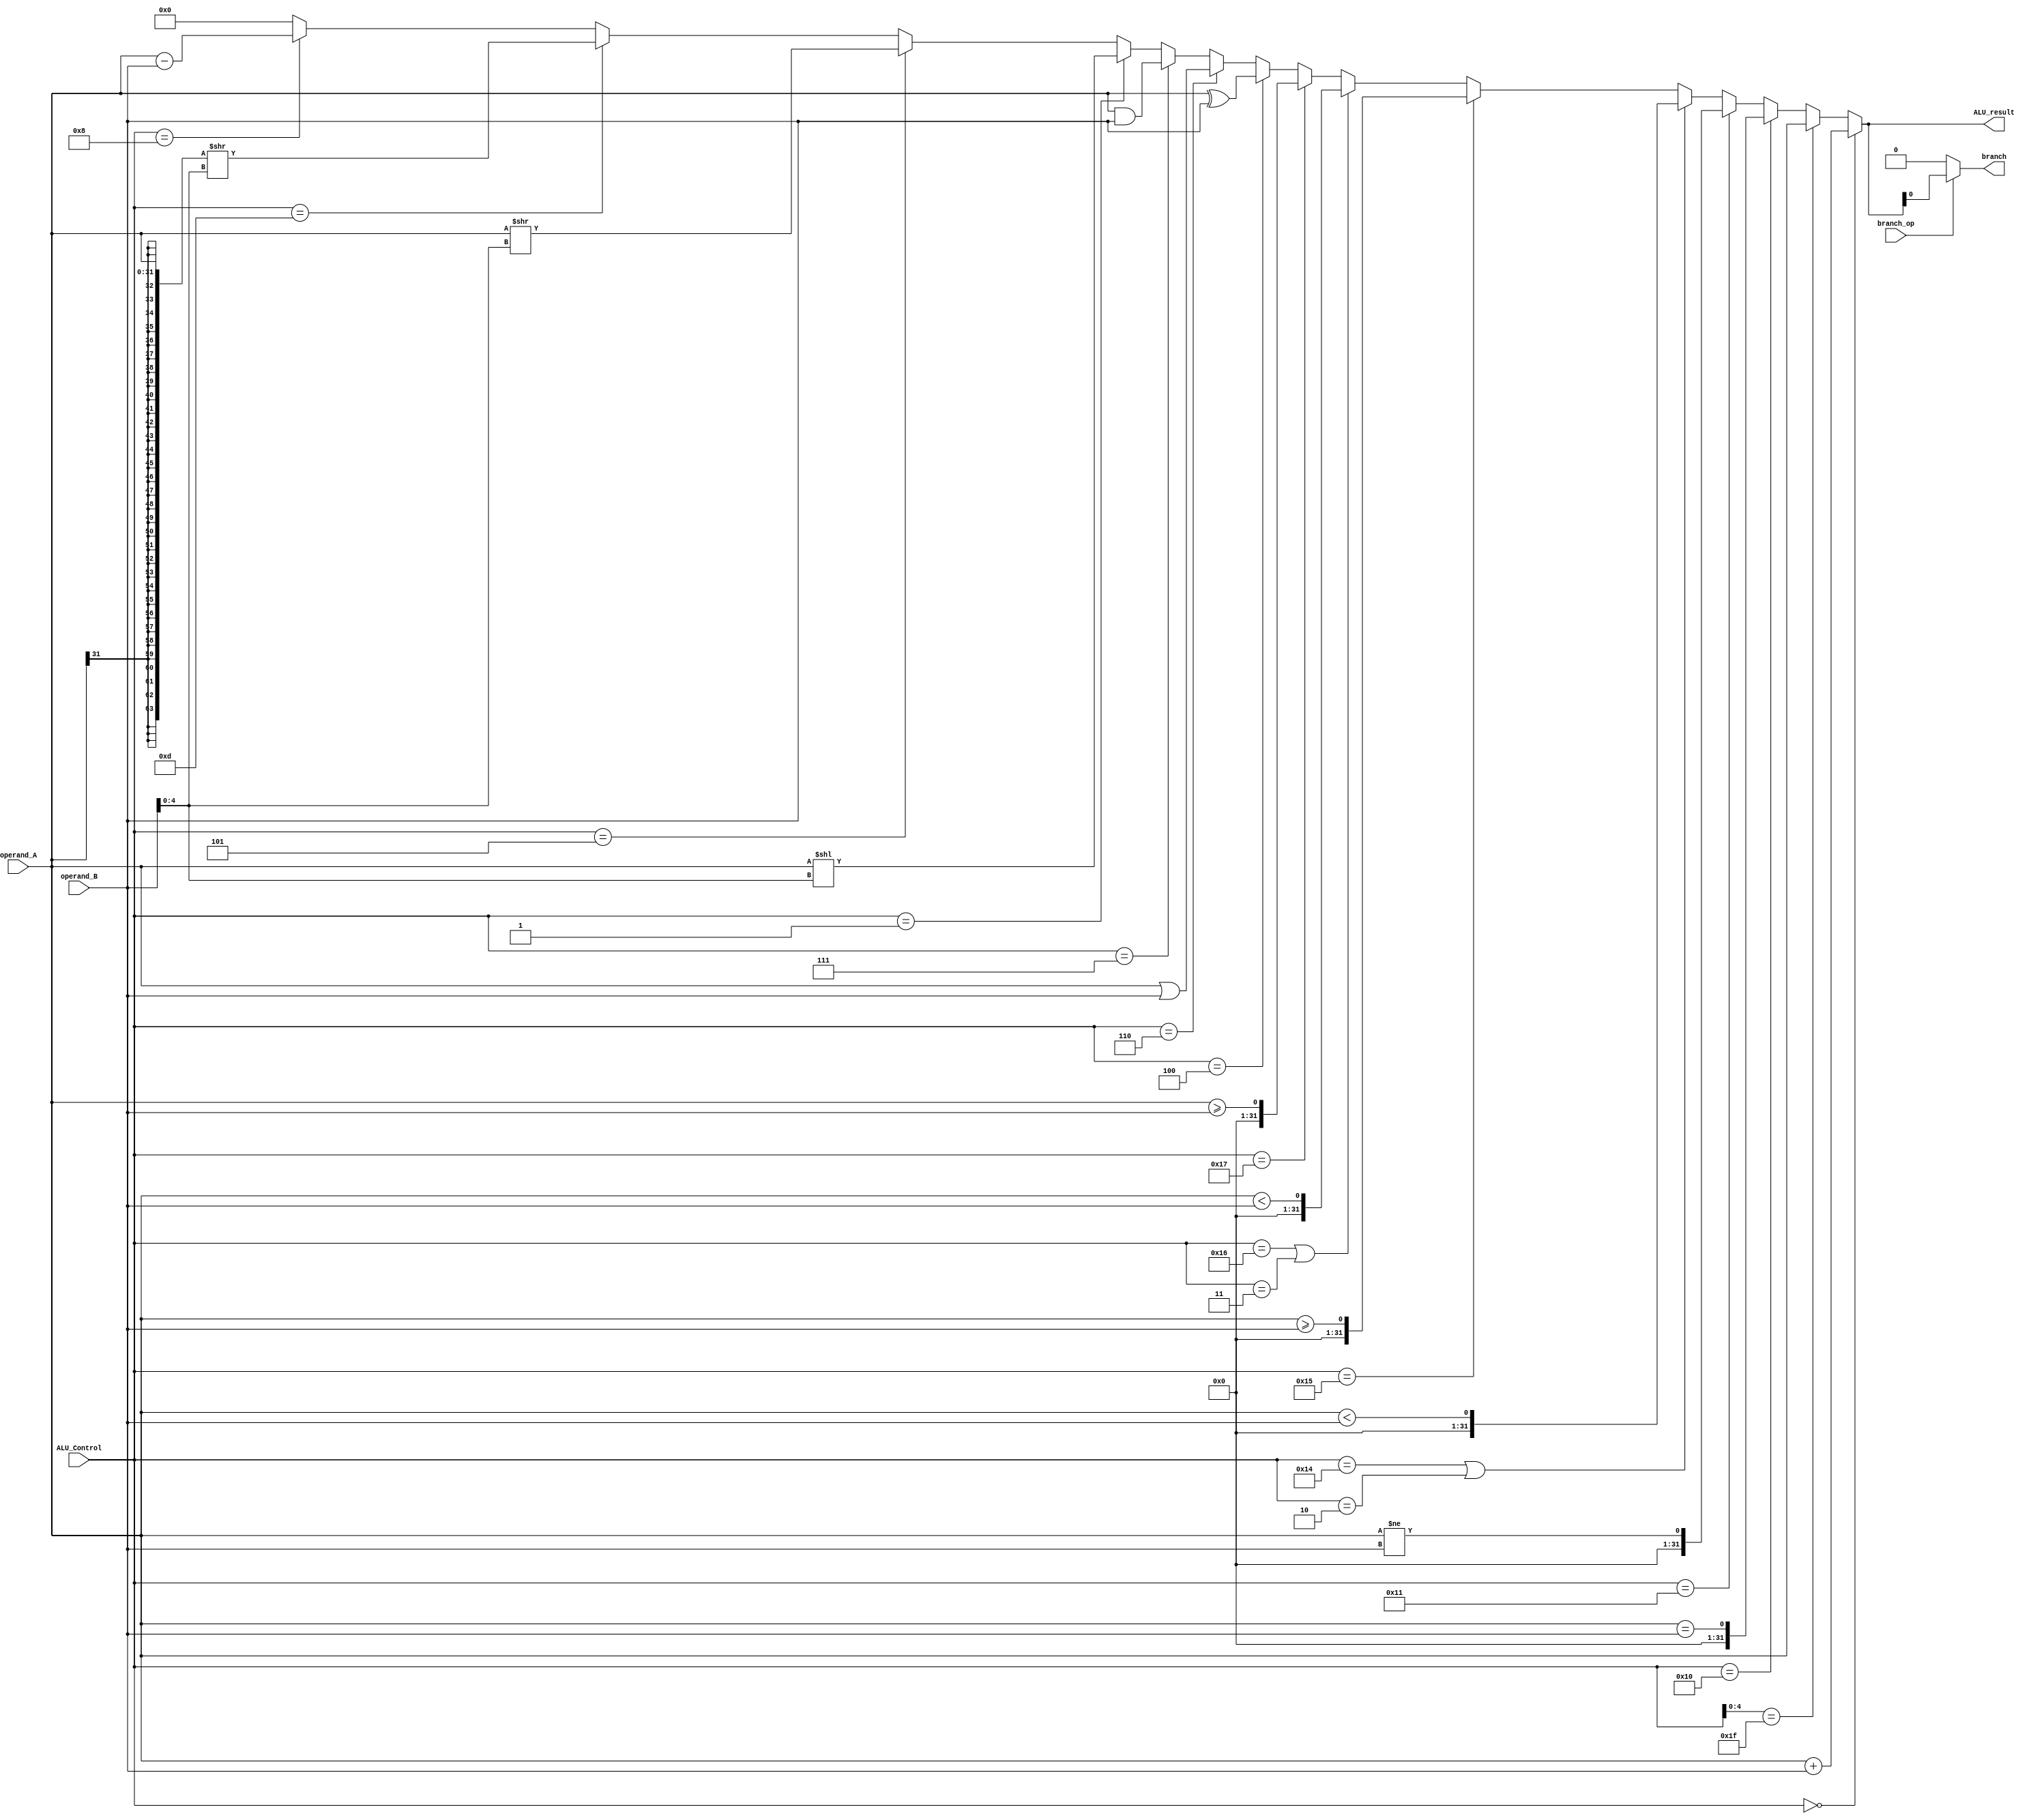
// Ritam Das & Jason Hu

module ALU (
  input branch_op,
  input [5:0]  ALU_Control,
  input [31:0] operand_A,
  input [31:0] operand_B,
  output [31:0] ALU_result,
  output branch
);

/******************************************************************************
*                      Start Your Code Here
******************************************************************************/
assign ALU_result = (ALU_Control == 6'b000000)?operand_A+operand_B:
					(ALU_Control[4:0] == 5'b11111)?operand_A:
					(ALU_Control == 6'b010000)?operand_A==operand_B:
					(ALU_Control == 6'b010001)?operand_A!=operand_B:
					(ALU_Control == 6'b010100 || ALU_Control == 6'b000010)?($signed(operand_A) < $signed(operand_B)):
					(ALU_Control == 6'b010101)?$signed(operand_A) >= $signed(operand_B):
					(ALU_Control == 6'b010110|| ALU_Control == 6'b000011)?operand_A < operand_B:
					(ALU_Control == 6'b010111)?operand_A >= operand_B:
					(ALU_Control == 6'b000100)?(operand_A)^(operand_B):
					(ALU_Control == 6'b000110)?(operand_A)|(operand_B):
					(ALU_Control == 6'b000111)?(operand_A)&(operand_B):
					(ALU_Control == 6'b000001)? operand_A << operand_B[4:0]:
					(ALU_Control == 6'b000101)? operand_A >> operand_B[4:0]:
					(ALU_Control == 6'b001101)? {{32{operand_A[31]}}, operand_A} >> operand_B[4:0]:
					(ALU_Control == 6'b001000)?operand_A-operand_B:
					32'd0;
							
assign branch = (branch_op == 1)?ALU_result:0;

endmodule